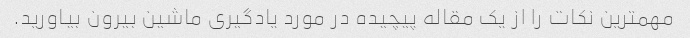
مهمترین نکات را از یک مقاله پیچیده در مورد یادگیری ماشین بیرون بیاورید.